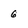
Character: 6